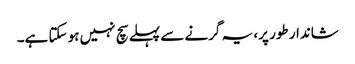
شاندار طور پر، یہ گرنے سے پہلے سچ نہیں ہو سکتا ہے۔